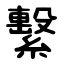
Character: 繫